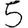
Digit: 5